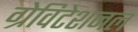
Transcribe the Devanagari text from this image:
ग्रेविटेशनल